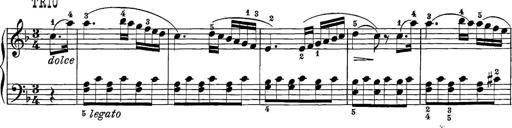
Title: 12 Sonatine per Pianoforte
Composer: Friedrich Kuhlau